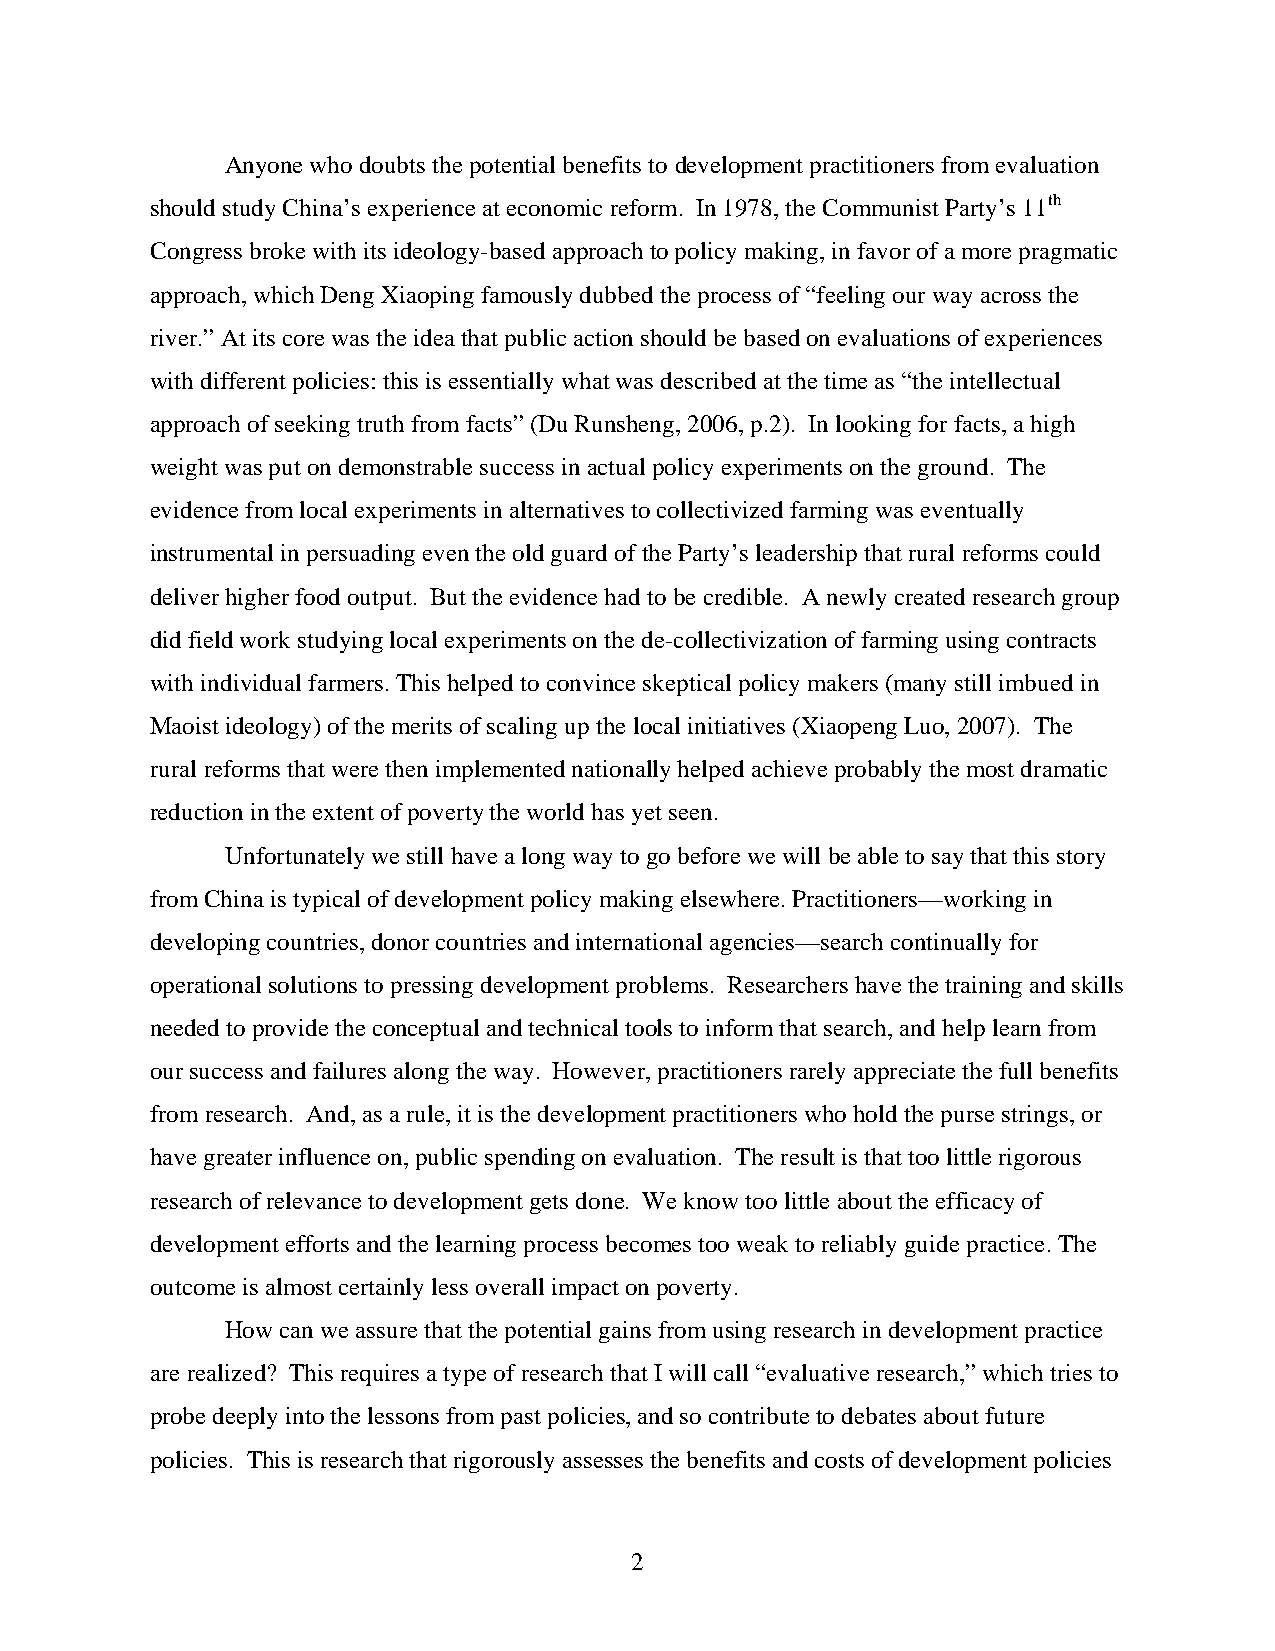
Anyone who doubts the potential benefits to development practitioners from evaluation
 should study China’s experience at economic reform. In 1978, the Communist Party’s 11th
 Congress broke with its ideology-based approach to policy making, in favor of a more pragmatic
 approach, which Deng Xiaoping famously dubbed the process of “feeling our way across the
 river.” At its core was the idea that public action should be based on evaluations of experiences
 with different policies: this is essentially what was described at the time as “the intellectual
 approach of seeking truth from facts” (Du Runsheng, 2006, p.2). In looking for facts, a high
 weight was put on demonstrable success in actual policy experiments on the ground. The
 evidence from local experiments in alternatives to collectivized farming was eventually
 instrumental in persuading even the old guard of the Party’s leadership that rural reforms could
 deliver higher food output. But the evidence had to be credible. A newly created research group
 did field work studying local experiments on the de-collectivization of farming using contracts
 with individual farmers. This helped to convince skeptical policy makers (many still imbued in
 Maoist ideology) of the merits of scaling up the local initiatives (Xiaopeng Luo, 2007). The
 rural reforms that were then implemented nationally helped achieve probably the most dramatic
 reduction in the extent of poverty the world has yet seen.
 Unfortunately we still have a long way to go before we will be able to say that this story
 from China is typical of development policy making elsewhere. Practitioners—working in
 developing countries, donor countries and international agencies—search continually for
 operational solutions to pressing development problems. Researchers have the training and skills
 needed to provide the conceptual and technical tools to inform that search, and help learn from
 our success and failures along the way. However, practitioners rarely appreciate the full benefits
 from research. And, as a rule, it is the development practitioners who hold the purse strings, or
 have greater influence on, public spending on evaluation. The result is that too little rigorous
 research of relevance to development gets done. We know too little about the efficacy of
 development efforts and the learning process becomes too weak to reliably guide practice. The
 outcome is almost certainly less overall impact on poverty.
 How can we assure that the potential gains from using research in development practice
 are realized? This requires a type of research that I will call “evaluative research,” which tries to
 probe deeply into the lessons from past policies, and so contribute to debates about future
 policies. This is research that rigorously assesses the benefits and costs of development policies
 2